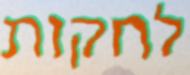
לחקות